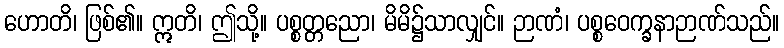
ဟောတိ၊ ဖြစ်၏။ ဣတိ၊ ဤသို့။ ပစ္စတ္တညော၊ မိမိ၌သာလျှင်။ ဉာဏံ၊ ပစ္စဝေက္ခနာဉာဏ်သည်။